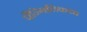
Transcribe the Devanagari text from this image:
पैन्गिलिकधा